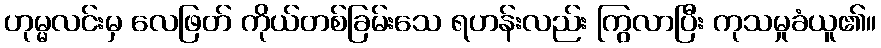
ဟုမ္မလင်းမှ လေဖြတ် ကိုယ်တစ်ခြမ်းသေ ရဟန်းလည်း ကြွလာပြီး ကုသမှုခံယူ၏။